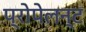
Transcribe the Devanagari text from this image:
प्रोपेलन्ट